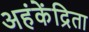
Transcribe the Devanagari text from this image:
अहंकेंद्रिता